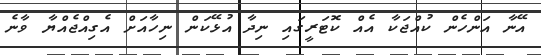
އޭނާ އަންހެން ކުއްޖަކާ އެއް ކޮޓަރީގައި ނިދާ އުޅޭކަން ނިހާއަށް އެގިއްޖެއްޔާ ވާނެ